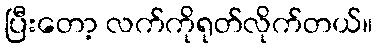
ပြီးတော့ လက်ကိုရုတ်လိုက်တယ်။